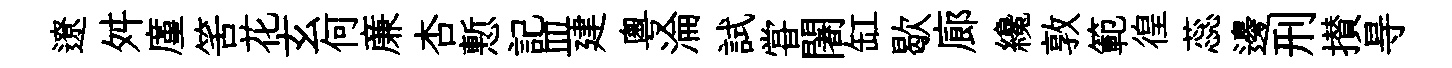
遼舛廑筈花玄何亷杏慙記皿建粤淪試甞闍缸歇廊纔敦範徨蕊邊刑攅㝵